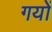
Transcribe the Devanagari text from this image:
गयों